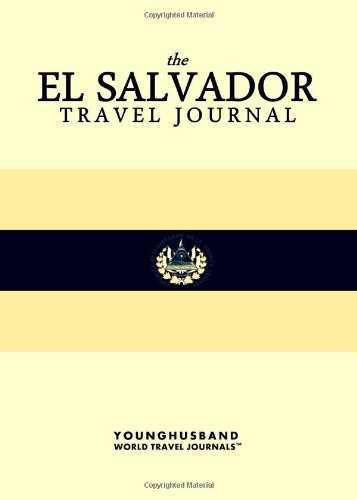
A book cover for The El Salvador Travel Journal; Younghusband World Travel Journals; Travel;